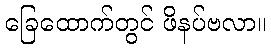
ခြေထောက်တွင် ဖိနပ်ဗလာ။